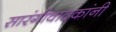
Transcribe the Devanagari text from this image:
सारंगीवादकांनी